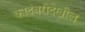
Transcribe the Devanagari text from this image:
कादंबरीदेखील